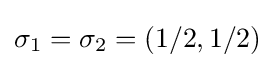
\sigma _{1}=\sigma _{2}=(1/2,1/2)